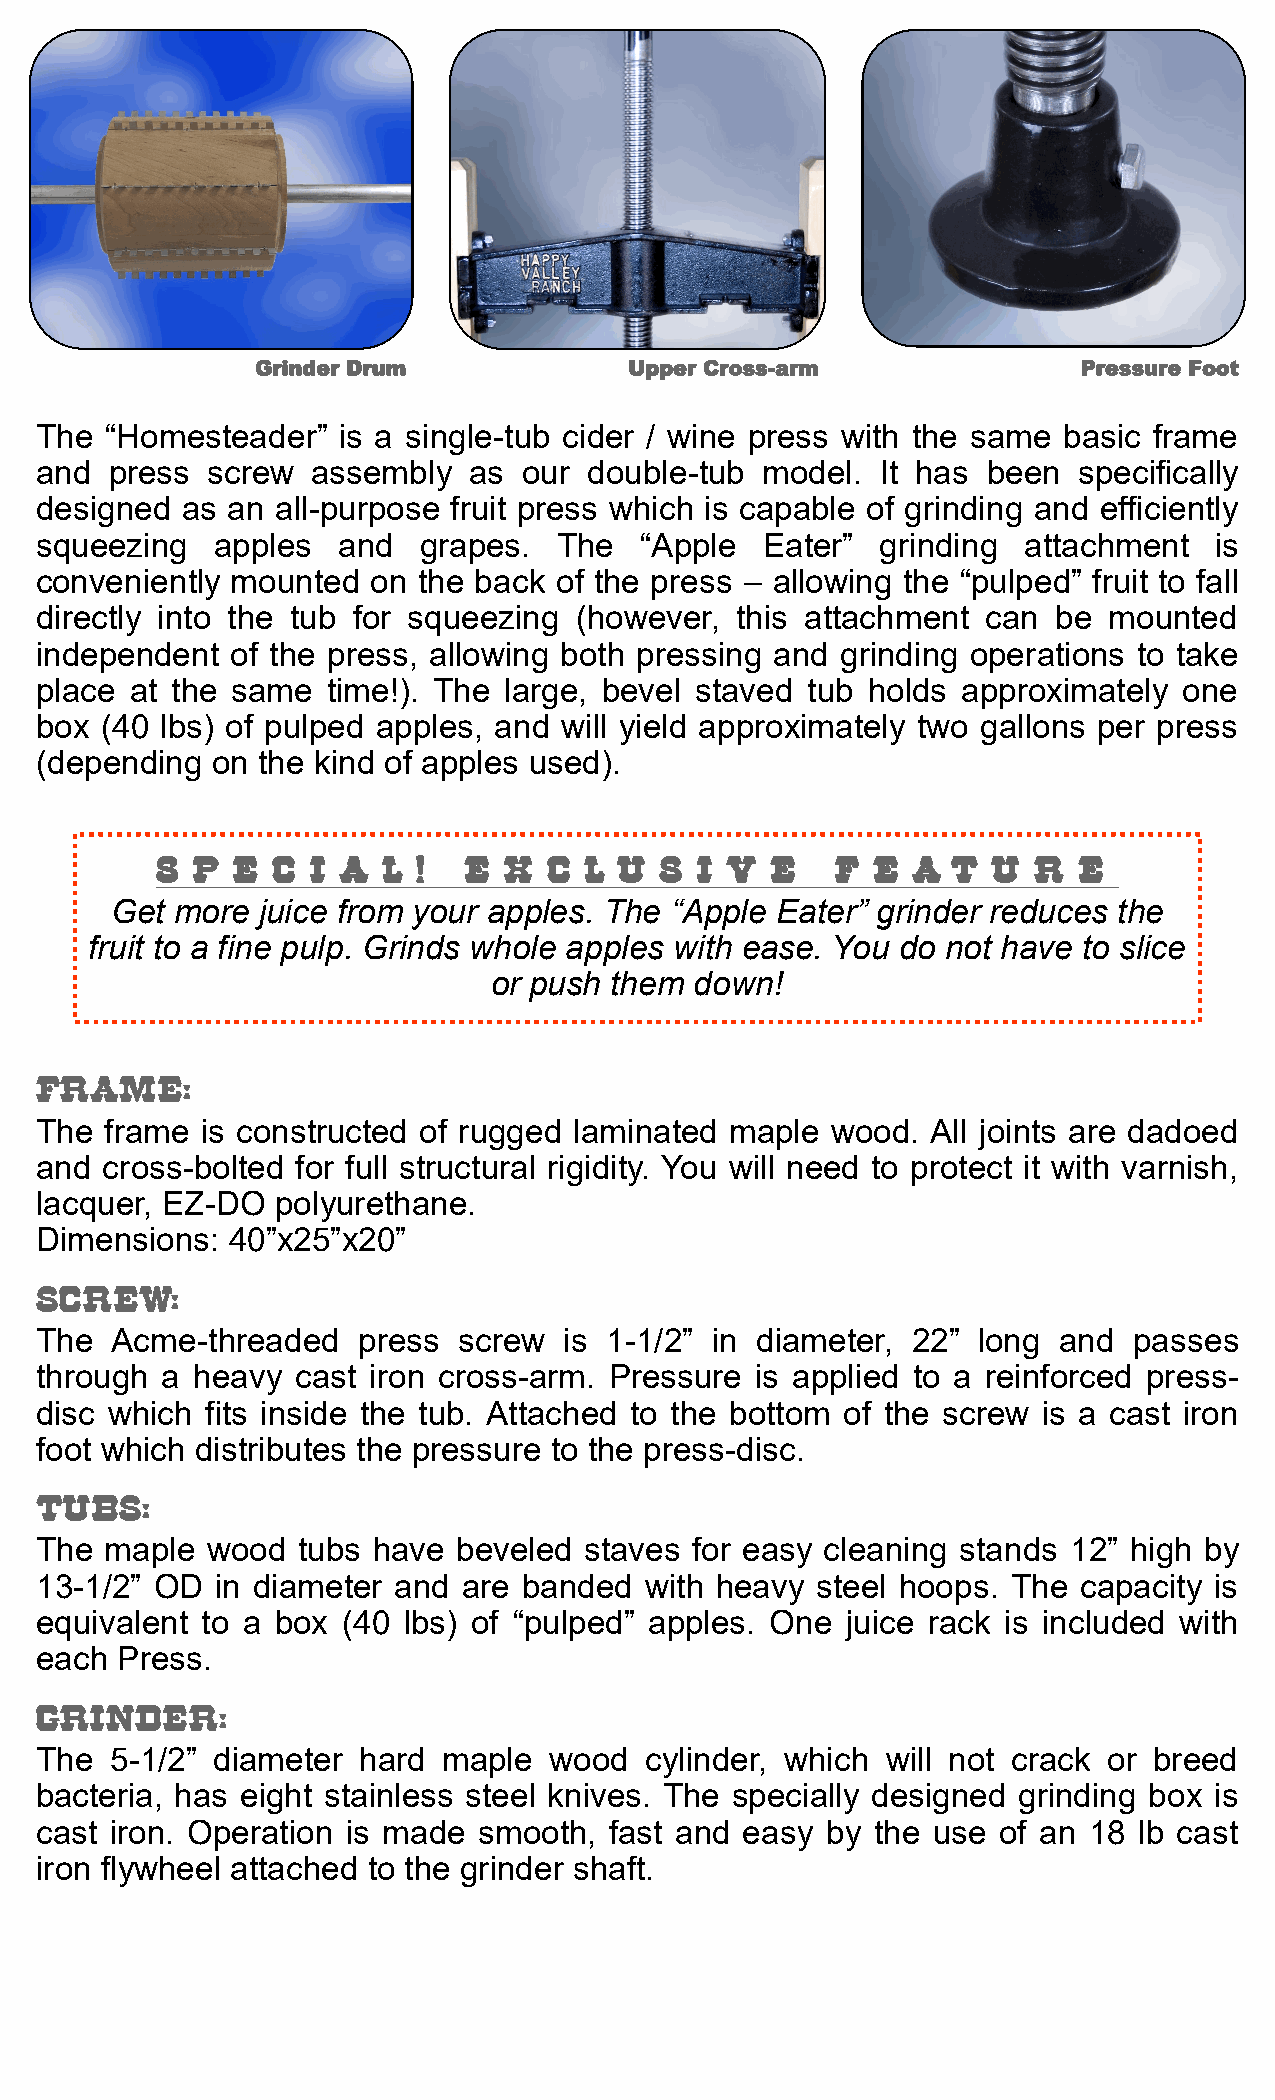
Grinder Drum             Upper Cross-arm               Pressure Foot
 The  “Homesteader”  is a single-tub cider / wine press with the same basic frame
 and  press  screw  assembly  as  our double-tub model.  It has been  specifically
 designed  as an all-purpose fruit press which is capable of grinding and efficiently
 squeezing   apples  and   grapes.  The  “Apple  Eater”  grinding  attachment  is
 conveniently mounted   on the back of the press – allowing the “pulped” fruit to fall
 directly into the tub for squeezing (however,  this attachment can  be mounted
 independent  of the press, allowing both pressing and grinding operations to take
 place  at the same  time!). The large, bevel staved tub holds approximately one
 box  (40 lbs) of pulped apples, and will yield approximately two gallons per press
 (depending  on the kind of apples used).
 S  P E  C  I A L  !  E X  C  L U  S I V  E   F  E A  T  U R  E
 Get  more juice from your apples. The “Apple Eater” grinder reduces the
 fruit to a fine pulp. Grinds whole apples with ease. You do not have to slice
 or push them  down!
 FRAME:
 The  frame is constructed of rugged laminated maple  wood.  All joints are dadoed
 and  cross-bolted for full structural rigidity. You will need to protect it with varnish,
 lacquer, EZ-DO  polyurethane.
 Dimensions:  40”x25”x20”
 SCREW:
 The  Acme-threaded    press screw  is 1-1/2” in diameter, 22”  long and  passes
 through  a heavy  cast iron cross-arm. Pressure is applied to a reinforced press-
 disc which  fits inside the tub. Attached to the bottom of the screw is a cast iron
 foot which distributes the pressure to the press-disc.
 TUBS:
 The  maple  wood  tubs have beveled  staves for easy cleaning stands 12” high by
 13-1/2” OD  in diameter and  are banded  with heavy steel hoops. The capacity is
 equivalent to a box  (40 lbs) of “pulped” apples. One juice rack is included with
 each  Press.
 GRINDER:
 The  5-1/2” diameter  hard maple  wood   cylinder, which will not crack or breed
 bacteria, has eight stainless steel knives. The specially designed grinding box is
 cast iron. Operation is made  smooth, fast and easy  by the use of an 18 lb cast
 iron flywheel attached to the grinder shaft.